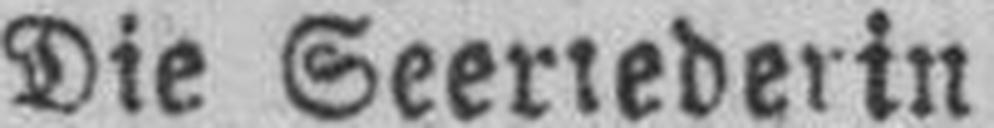
Die Seeriederin